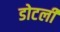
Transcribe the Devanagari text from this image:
डोटली